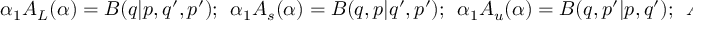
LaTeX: \alpha _ { 1 } A _ { L } ( \alpha ) = B ( q | p , q ^ { \prime } , p ^ { \prime } ) ; \ \ \alpha _ { 1 } A _ { s } ( \alpha ) = B ( q , p | q ^ { \prime } , p ^ { \prime } ) ; \ \ \alpha _ { 1 } A _ { u } ( \alpha ) = B ( q , p ^ { \prime } | p , q ^ { \prime } ) ; \ \ A _ { t } ( \alpha ) = B ( q , q ^ { \prime } | p , p ^ { \prime } ) \, .